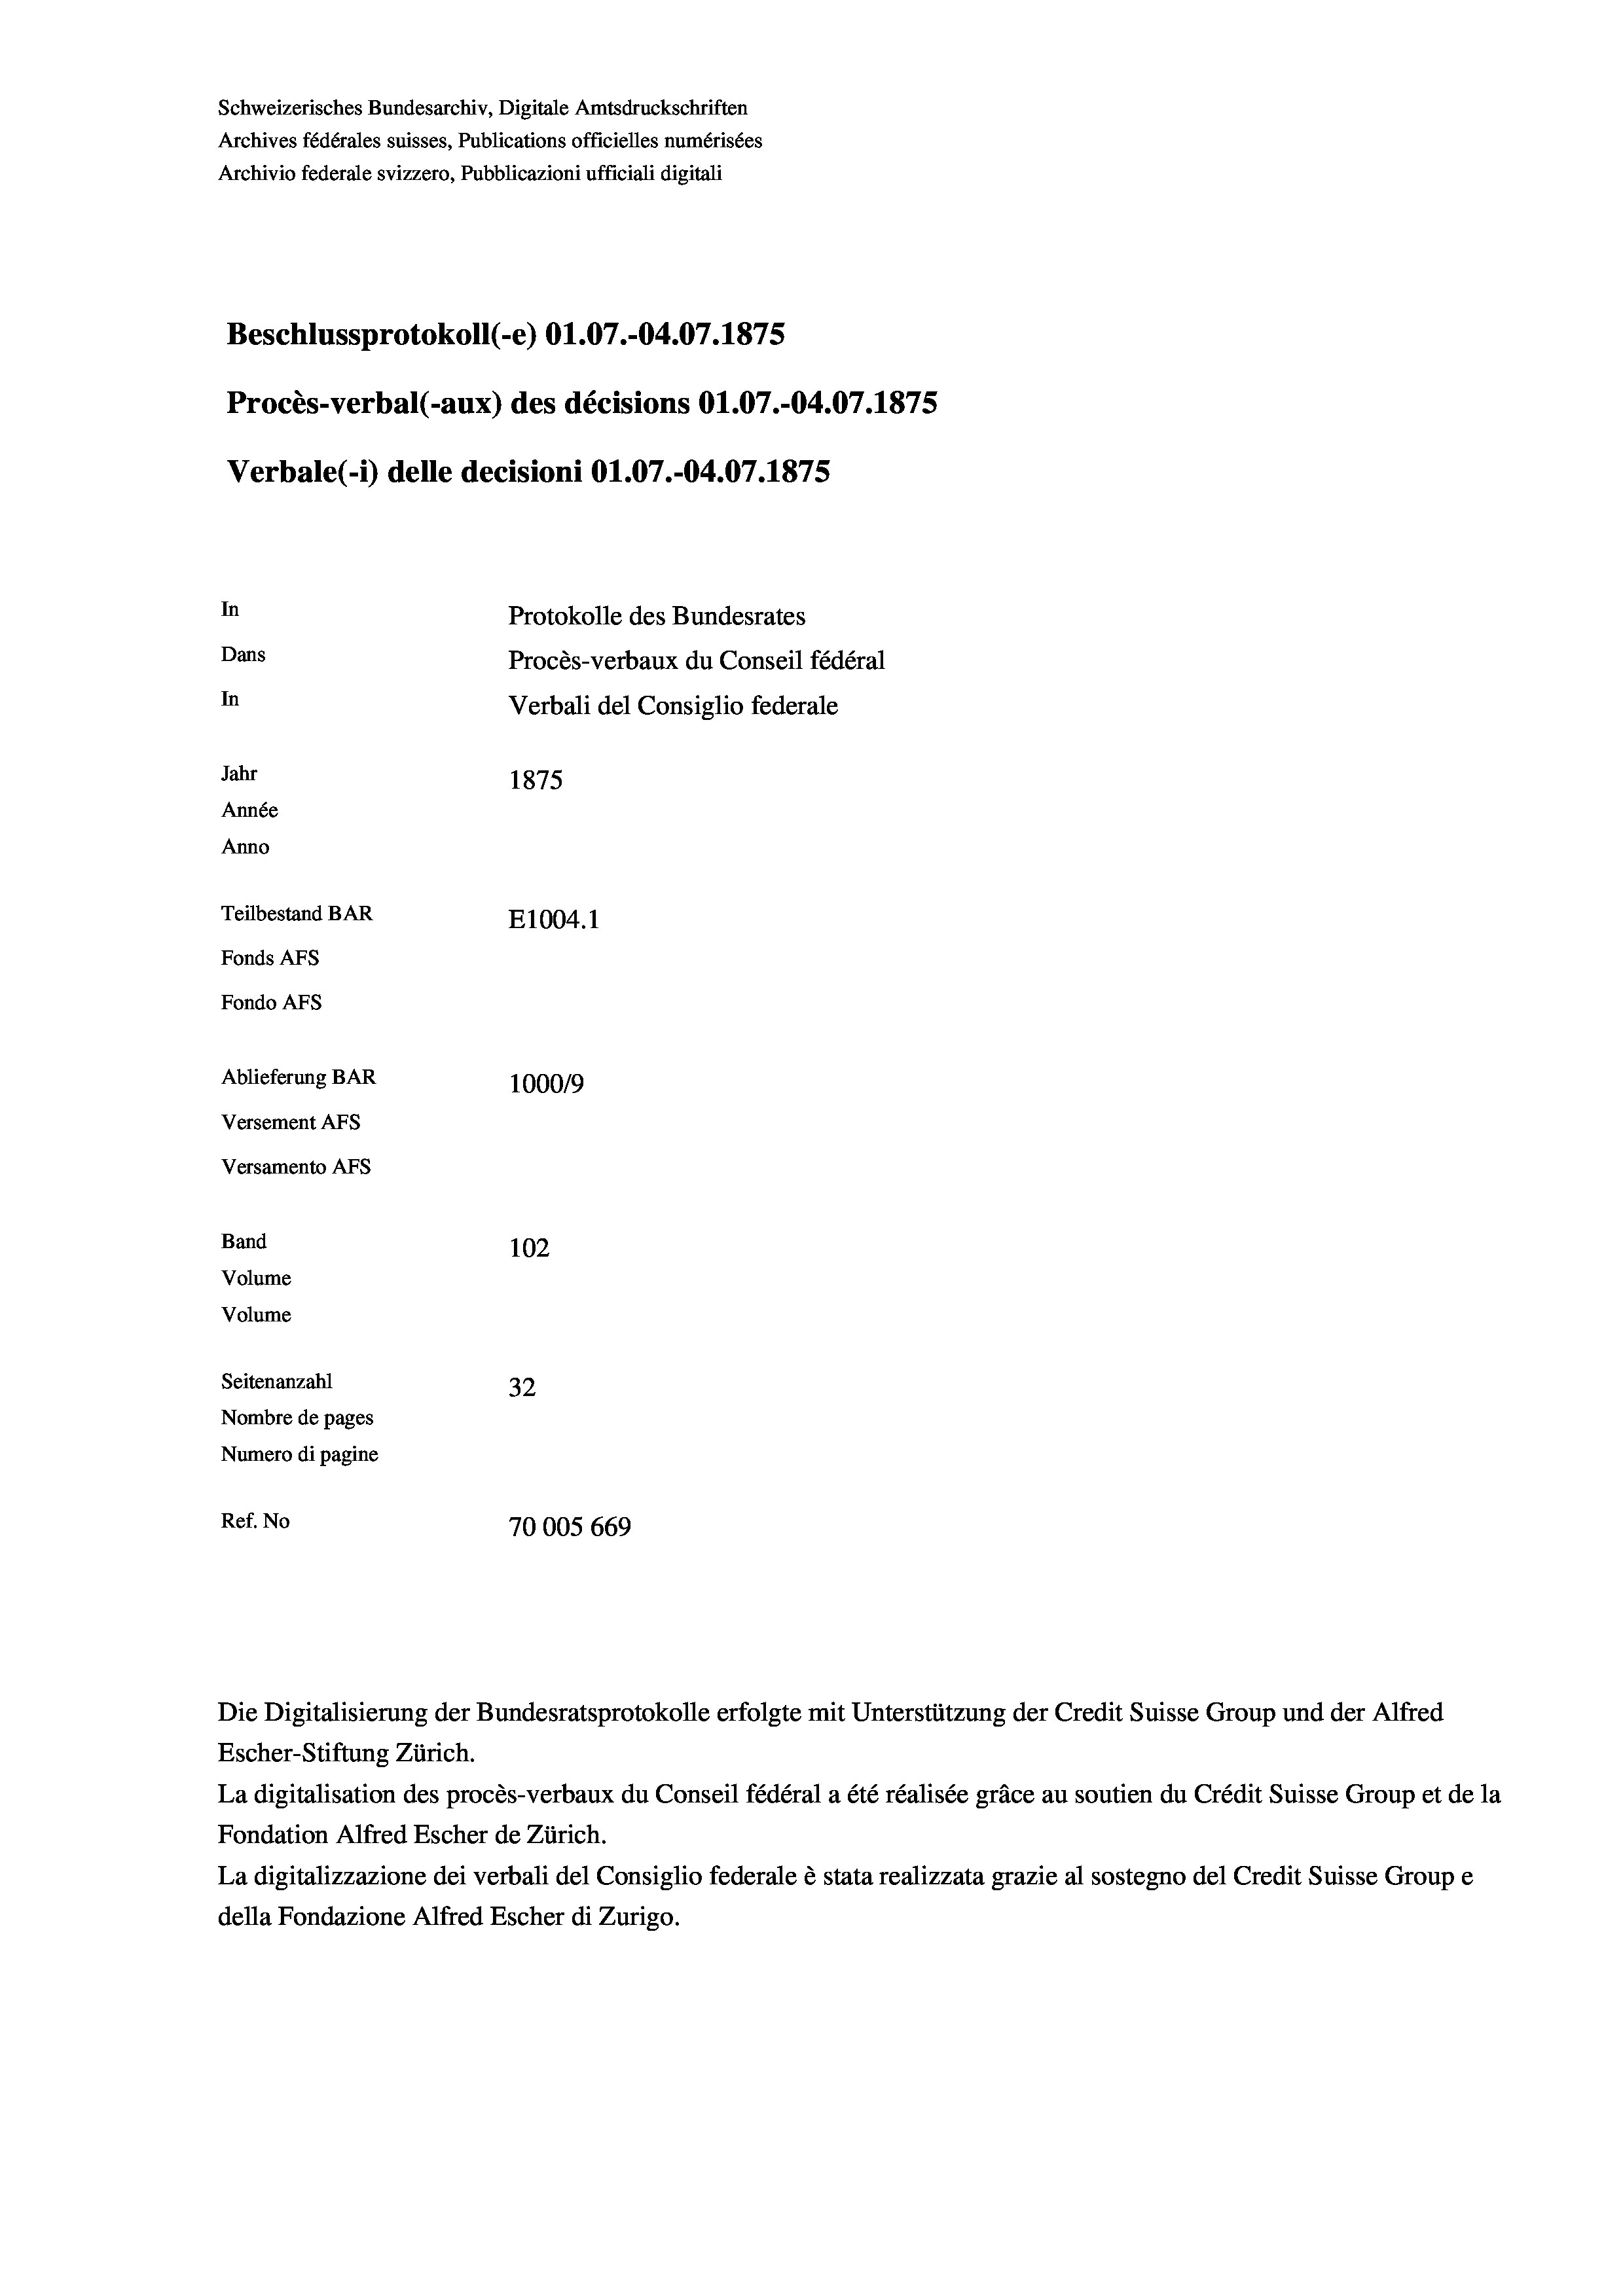
Schweizerisches Bundesarchiv, Digitale Amtsdruckschriften
Archives fédérales suisses, Publications officielles numérisées
Archivio federale svizzero, Pubblicazioni ufficiali digitali
Beschlussprotokoll (-e) 01.07.-04.07. 1875
Procès-verbal (-aux) des décisions O1.07.-04.07.1875
Verbale (1) delle decisioni O1.07.-04.07.1875
In
Protokolle des Bundesrates
Dans
Procès-verbaux du Conseil fédéral
In
Verbali del Consiglio federale
Jahr
1875
Année
Anno
Teilbestand BAR
E1004. 1
Fonds AFs
Fondo AFS
Ablieferung BAR
10009
Versement Ans
Versamento AFs

102
32
Nombre de pages
Numero di pagine
Ref. No
70005 669

Band
Volume
Volume

Seitenanzahl

Die Digitalisierung der Bundesratsprotokolle erfolgte mit Unterstützung der Credit Suisse Group und der Alfred

Escher-Stiftung Zürich.
La digitalisation des procès-verbaux du Conseil fédéral a été réalisée gräce au soutien du Crédit Suisse Group et de la
Fondation Alfred Escher de Zürich.
La digitalizzazione dei verbali del Consiglio federale è stata realizzata grazie al sostegno del Credit Suisse Groupe
della Fondazione Alfred Escher di Zurigo.